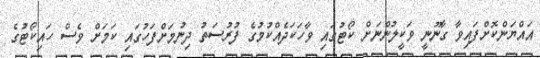
އައްޔަންކޮށްފައިވާ ގާނޫނީ ވަކީލުންނަށް ކޯޓުގައި ވާހަކަދެއްކުމުގެ ފުރުސަތު ދިނުމަށްފަހުގައި ކަމަށް ވެސް ހައިކޯޓުގެ